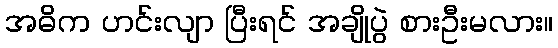
အဓိက ဟင်းလျာ ပြီးရင် အချိုပွဲ စားဦးမလား။